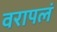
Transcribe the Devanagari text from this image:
वरापलं